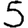
Digit: 5